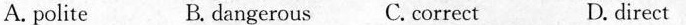
A.polite B.dangerous C.correct D.direct